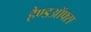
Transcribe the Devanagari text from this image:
हैण्डऑफ्स